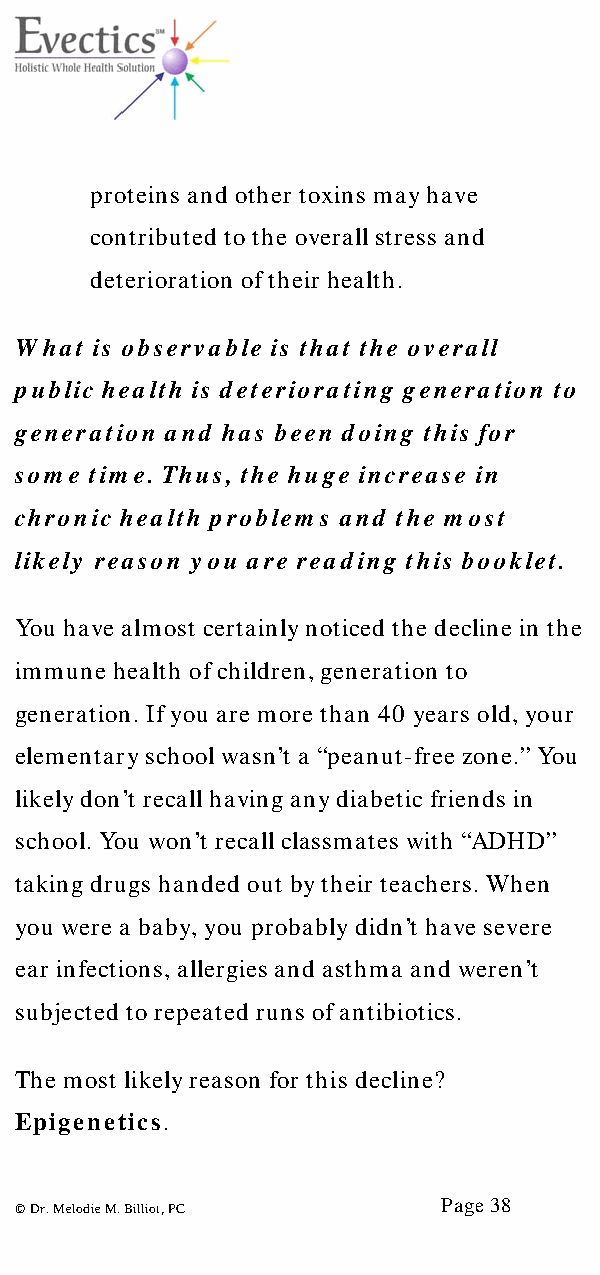
proteins and other toxins may have
 contributed to the overall stress and
 deterioration of their health.
 What is observable is that the overall
 public health is deteriorating generation to
 generation and has been doing this for
 some time. Thus, the huge increase in
 chronic health problems and the most
 likely reason you are reading this booklet.
 You have almost certainly noticed the decline in the
 immune health of children, generation to
 generation. If you are more than 40 years old, your
 elementary school wasn’t a “peanut-free zone.” You
 likely don’t recall having any diabetic friends in
 school. You won’t recall classmates with “ADHD”
 taking drugs handed out by their teachers. When
 you were a baby, you probably didn’t have severe
 ear infections, allergies and asthma and weren’t
 subjected to repeated runs of antibiotics.
 The most likely reason for this decline?
 Epigenetics.
 Page 38
 © Dr. Melodie M. Billiot, PC